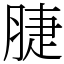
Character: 脻